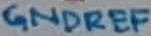
Text: GNDREF